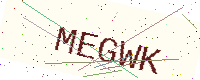
Text: MEGWK